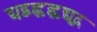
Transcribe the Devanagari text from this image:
द्यद्बह्लह्लद्यद्ग